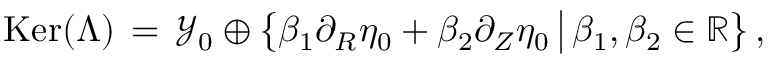
\mathop { \mathrm { K e r } } ( \Lambda ) \, = \, \mathcal { Y } _ { 0 } \oplus \bigl \{ \beta _ { 1 } \partial _ { R } \eta _ { 0 } + \beta _ { 2 } \partial _ { Z } \eta _ { 0 } \, \big | \, \beta _ { 1 } , \beta _ { 2 } \in \mathbb { R } \bigr \} \, ,